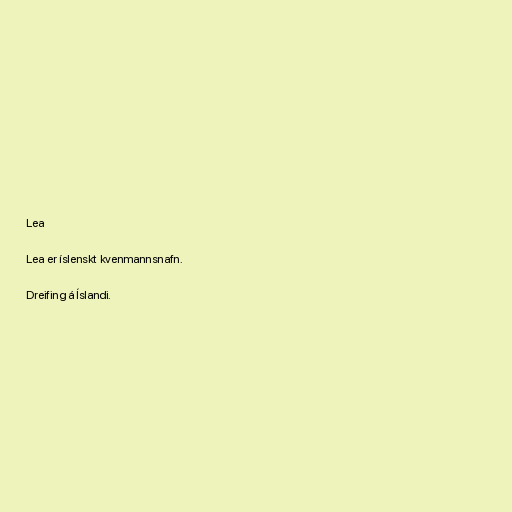
Lea

Lea er íslenskt kvenmannsnafn.

Dreifing á Íslandi.